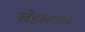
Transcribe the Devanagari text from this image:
खेड़ावाल